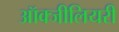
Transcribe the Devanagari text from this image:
ऑक्जीलियरी